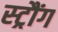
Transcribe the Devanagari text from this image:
स्ट्रौंग